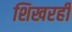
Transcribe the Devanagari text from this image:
शिखरही